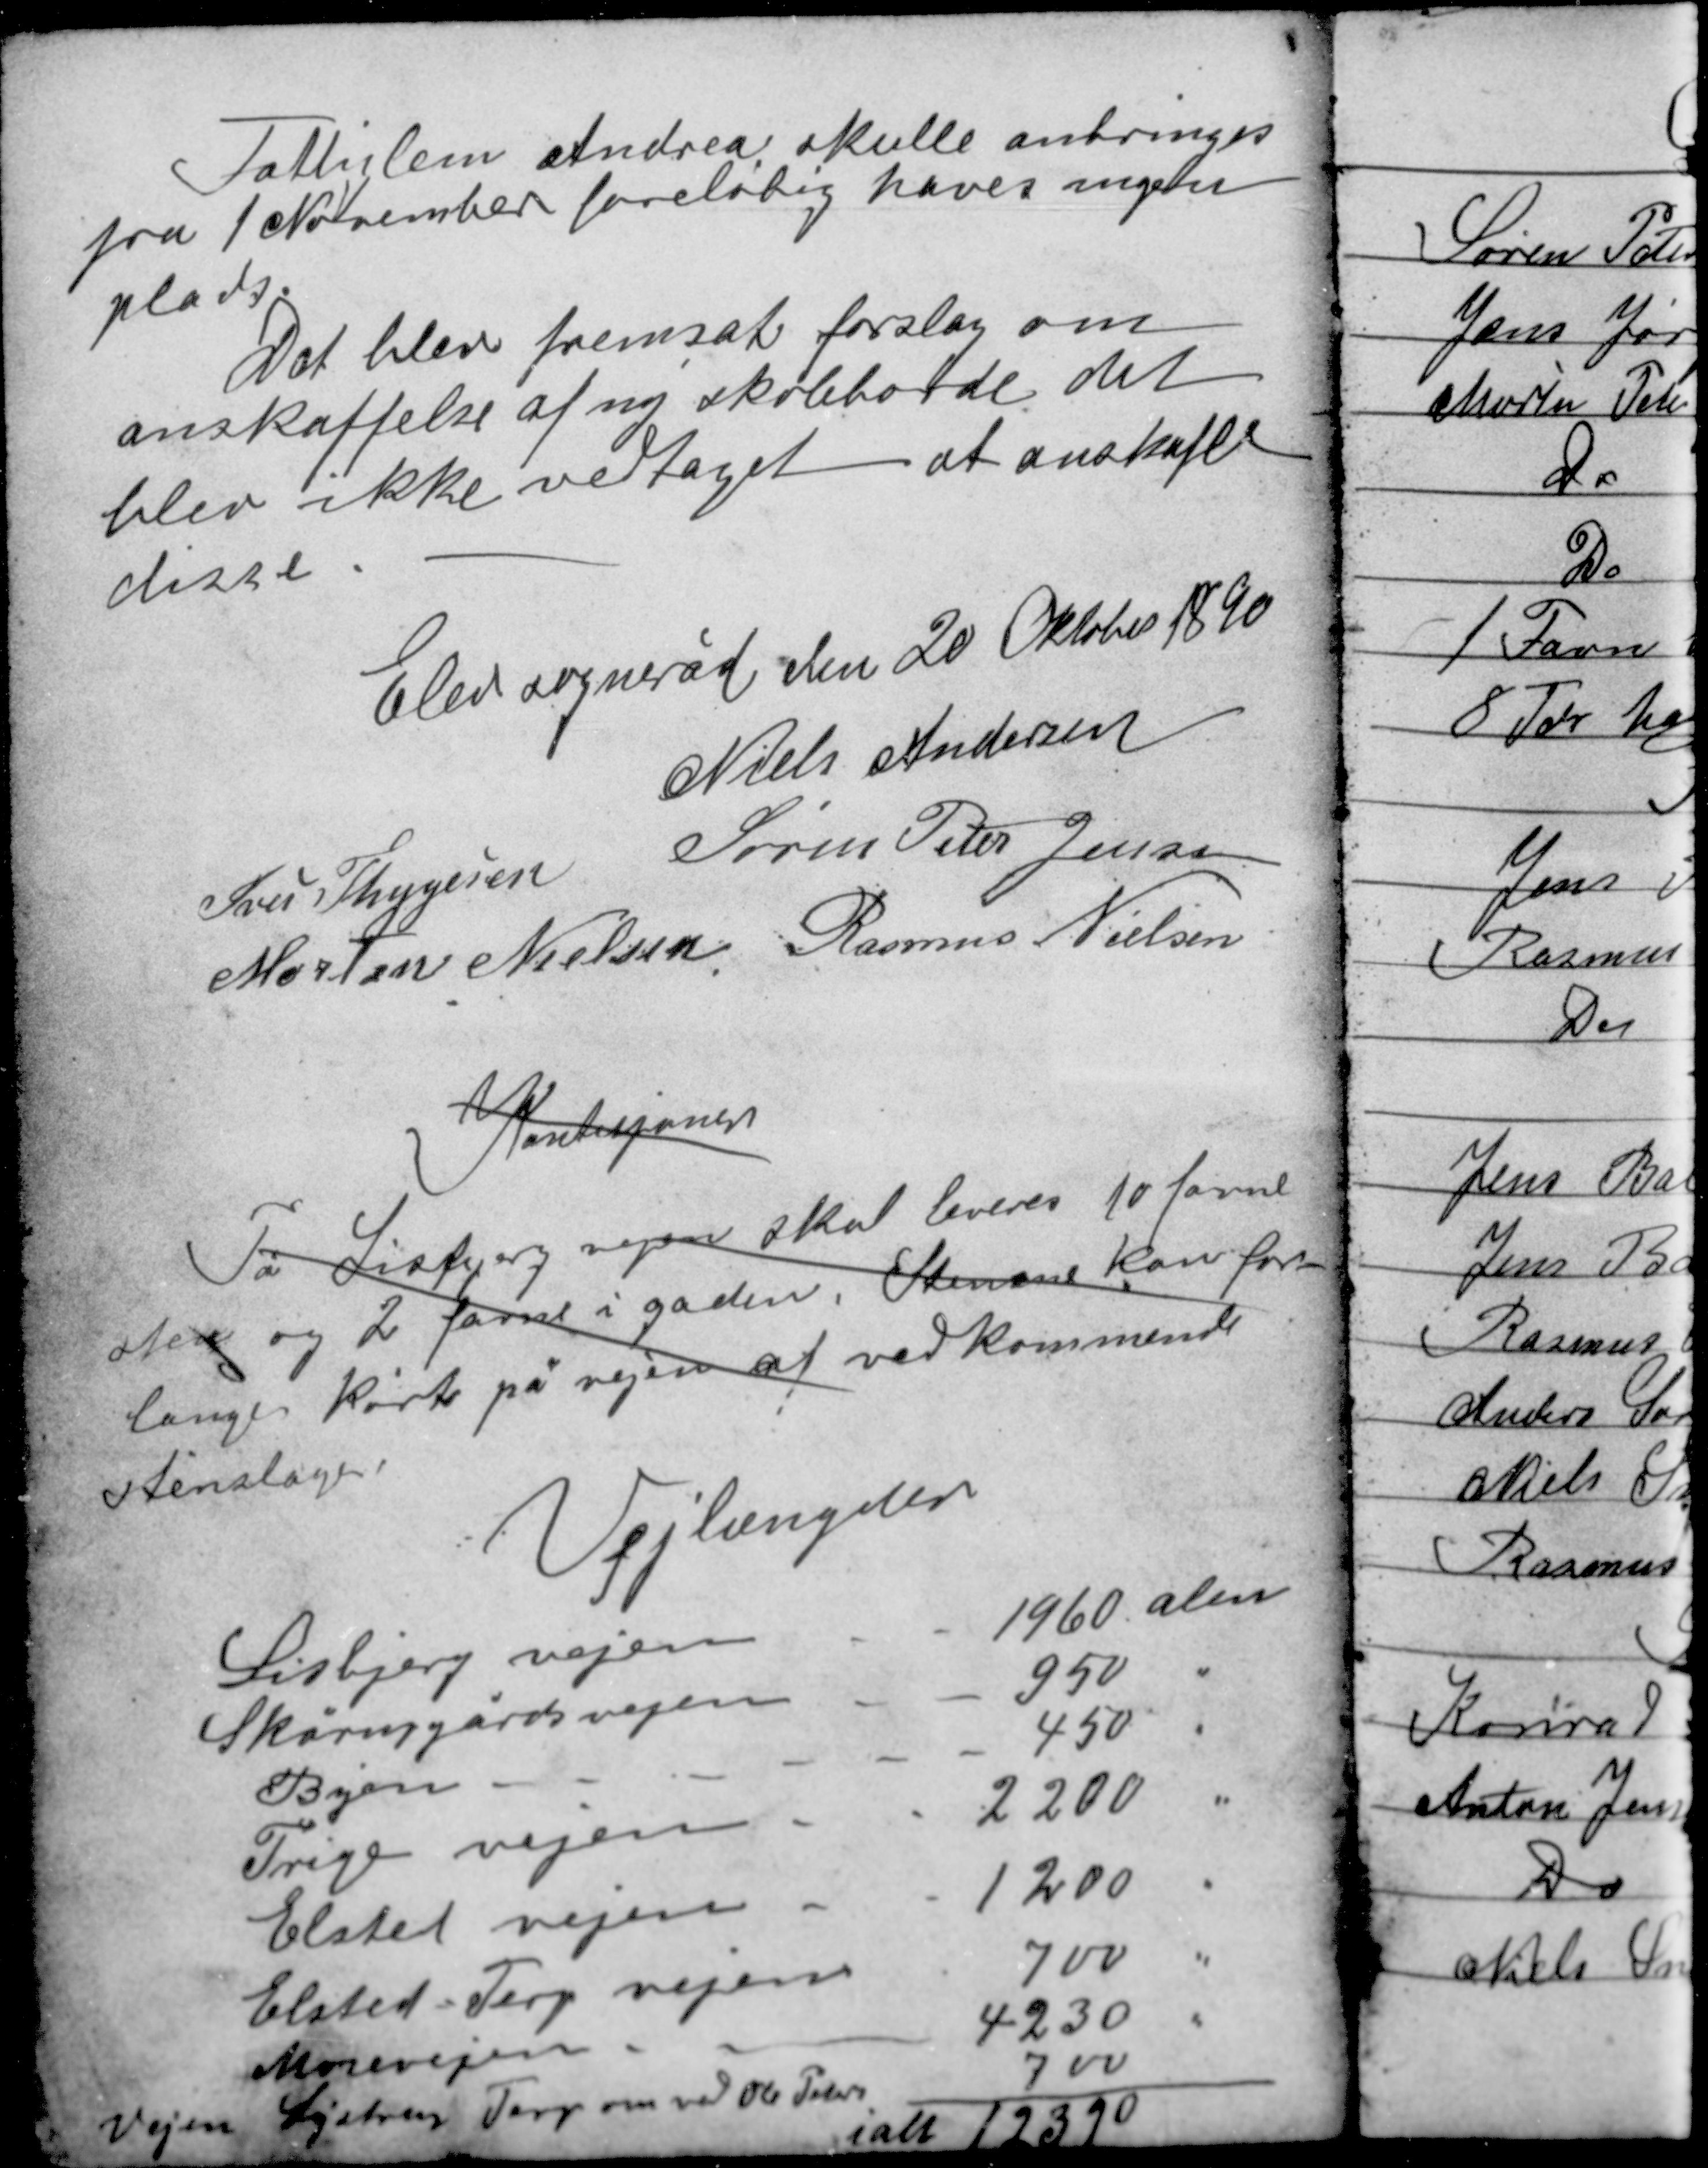
Transskription:
Fattiglem Andrea skulle anbringes
fra 1 November foreløbig haves ingen
plads.
Det blev fremsat forslag om
anskaffelse af ny skoleborde det
blev ikke vedtaget at anskaffe
disse.

Elev sogneråd den 20 Oktober 1890
Niels Andersen
Iver Thygesen Søren Peter Jensen
Morten Nielsen Rasmus Nielsen

Kondisjoner
På Lisbjerg vejen skal leveres 10 favne
sten og 2 favne i gaden. Stenene kan for-
langes kørte på vejen af vedkommende
stenslager

Vejlængder